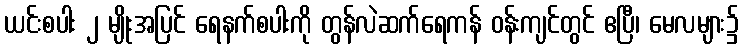
ယင်းစပါး ၂ မျိုးအပြင် ရေနက်စပါးကို တွန်လဲဆက်ရေကန် ဝန်းကျင်တွင် ဧပြီ၊ မေလများ၌